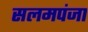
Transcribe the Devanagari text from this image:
सलमपंजा